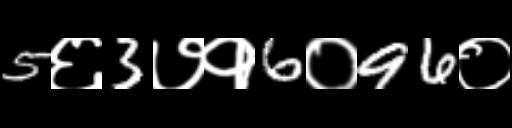
Text: 5६3७१6०96०